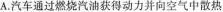
A.汽车通过燃烧汽油获得动力并向空气中散热